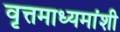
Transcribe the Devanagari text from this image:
वृत्तमाध्यमांशी